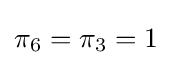
\pi _{6}=\pi _{3}=1